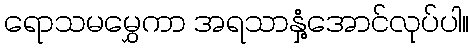
ရောသမမွှေကာ အရသာနှံ့အောင်လုပ်ပါ။